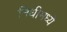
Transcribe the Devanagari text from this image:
निधीमध्ये